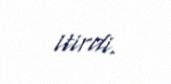
itirdi.